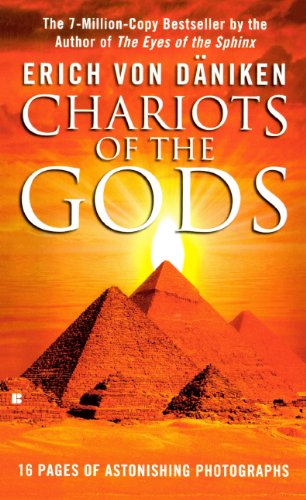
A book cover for Chariots Of The Gods (Turtleback School & Library Binding Edition); Erich Von Daniken; Religion & Spirituality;